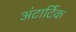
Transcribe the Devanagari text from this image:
अंटार्टिक